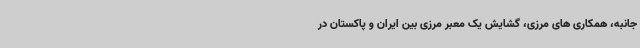
جانبه، همکاری های مرزی، گشایش یک معبر مرزی بین ایران و پاکستان در